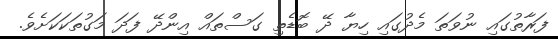
ފަރާތުގައި ނުވަތަ މެދުގައި ހިޔާ ދޭ ބޮޑެތި ގަސްތައް އިންދޭ ފަދަ މަގުތަކަކަށެވެ.